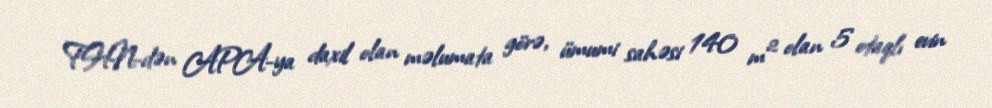
FHN-dən APA-ya daxil olan məlumata görə, ümumi sahəsi 140 m² olan 5 otaqlı evin